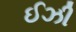
ઈઝી